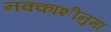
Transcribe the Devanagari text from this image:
नक्काशीनुमा